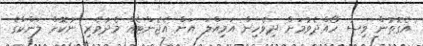
އެގޮތުން ވިސާ ހޯއްދެވުމަށް ދިވެހިން އަމިއްލަ އަށް އެޖެންޓެއް މެދުވެރި ނުކޮށް ލަންކާގެ